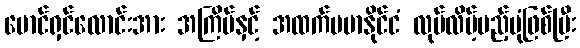
မောင်ရှင်လောင်းအား အကြိမ်နှင့် အထက်ဗမာနိုင်ငံ လုပ်လိမ့်မည့်ပုံဖြစ်ပြီး